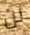
لن